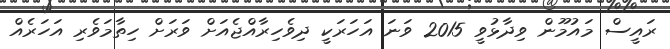
ރައީސް މައުމޫން ވިދާޅުވީ 2015 ވަނަ އަހަރަކީ ދިވެހިރާއްޖެއަށް ވަރަށް ހިތާމަވެރި އަހަރެއް